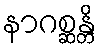
နာဂစ္ဆန္တိ